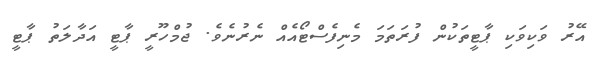
އޭރު ވަކިވަކި ޕާޓީތަކުން ފުރަތަމަ މެނިފެސްޓޯއެއް ނެރުނެވެ. ޖުމްހޫރީ ޕާޓީ އަދާލަތު ޕާޓީ